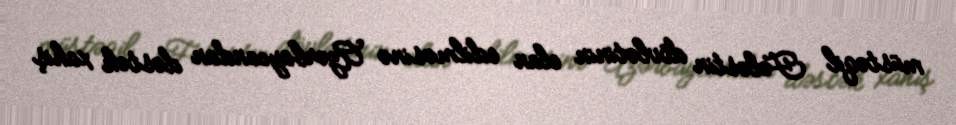
müstəqil Fələstin dövlətinin elan edilməsinə Azərbaycandan dəstək xahiş